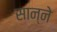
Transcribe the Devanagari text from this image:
सान्ने